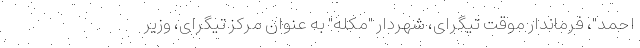
احمد"، فرماندار موقت تیگرای، شهردار "مکله" به عنوان مرکز تیگرای، وزیر